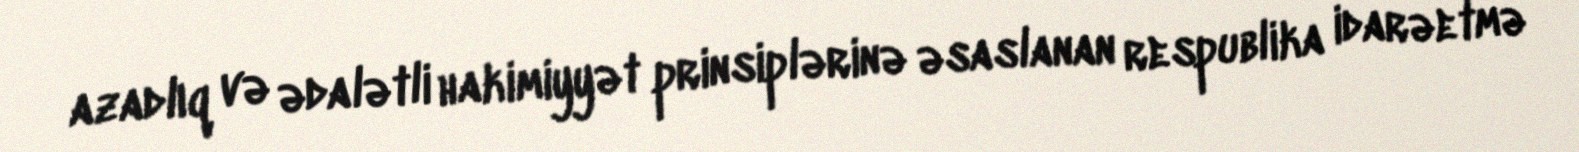
azadlıq və ədalətli hakimiyyət prinsiplərinə əsaslanan respublika idarəetmə